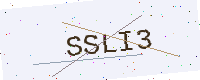
Text: SSLI3